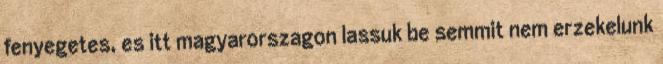
fenyegetes, es itt magyarorszagon lassuk be semmit nem erzekelunk